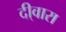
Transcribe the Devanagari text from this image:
दी्वारा